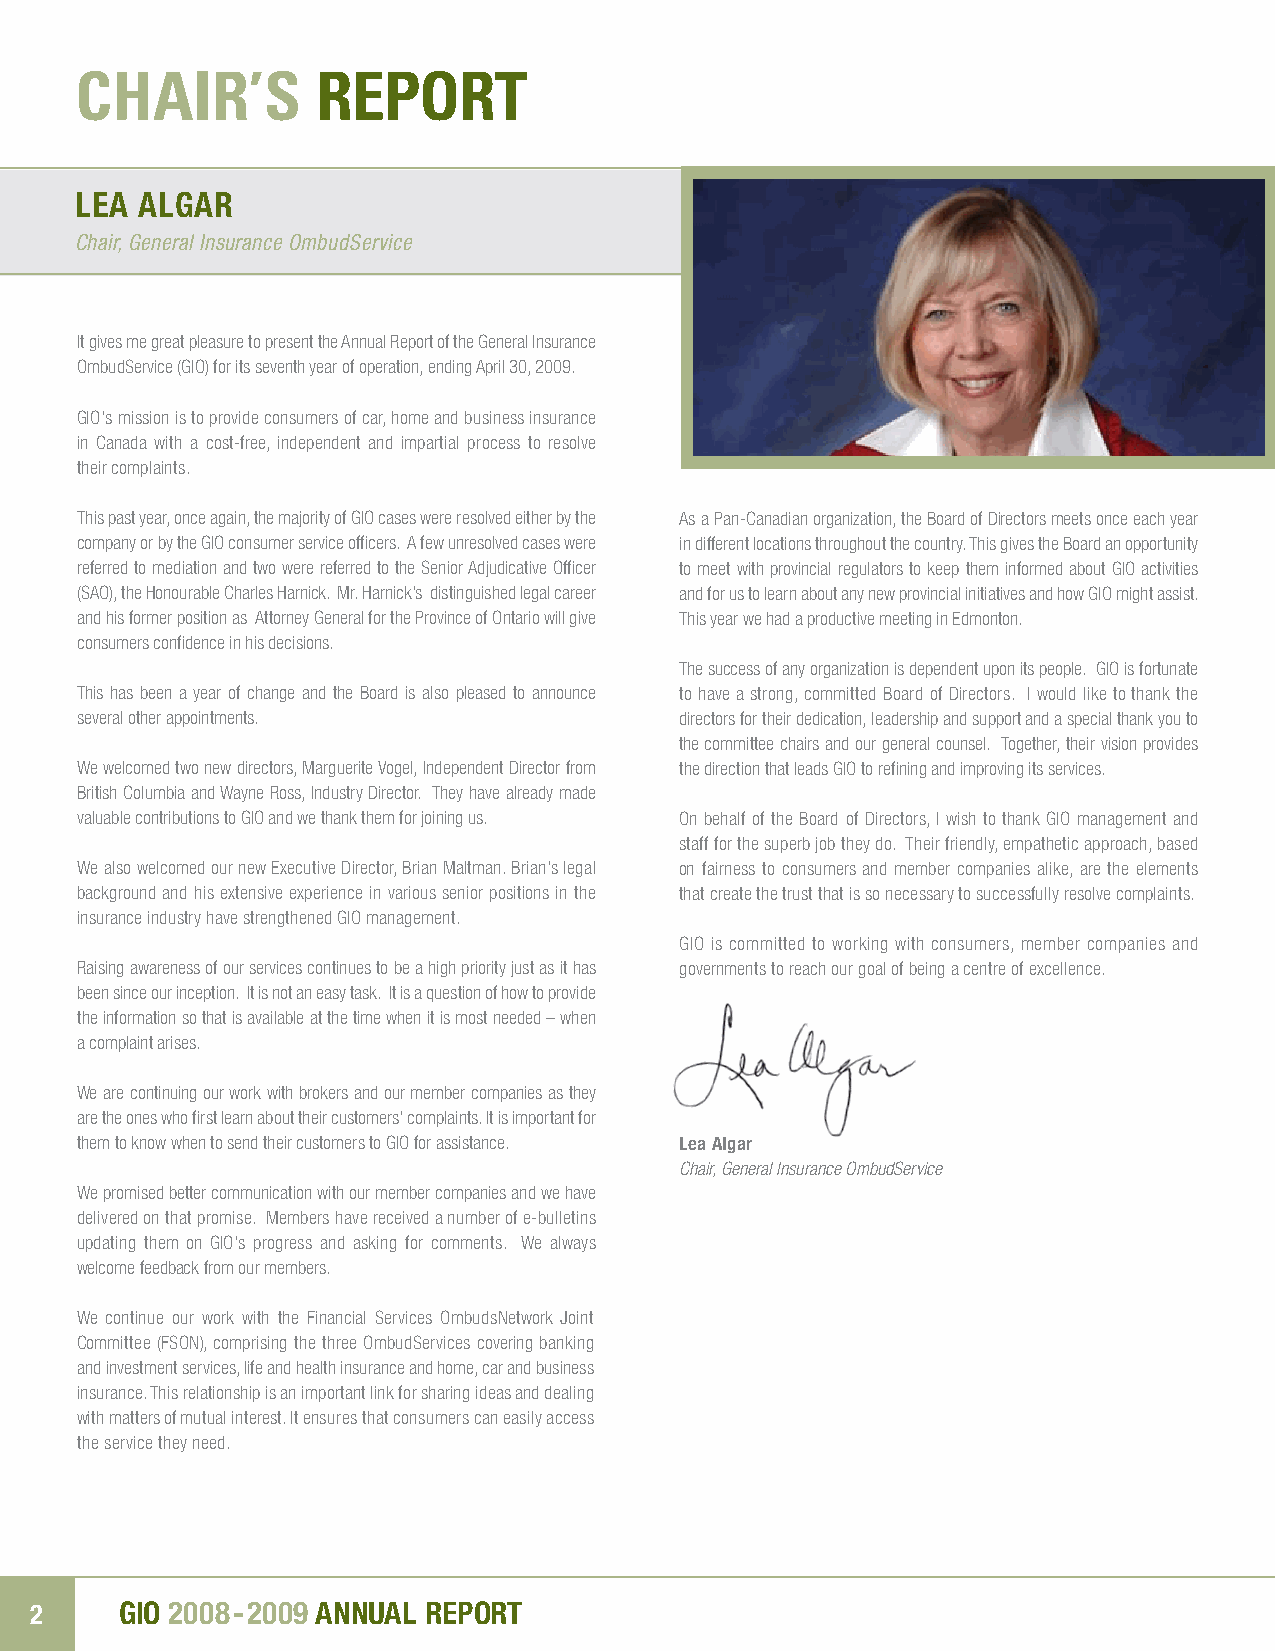
ChaIr’S         rEPOrT
 lea alGar
 Chair, General Insurance OmbudService
 It gives me great pleasure to present the Annual report of the General Insurance
 OmbudService (GIO) for its seventh year of operation, ending April 30, 2009.
 GIO’s mission is to provide consumers of car, home and business insurance
 in Canada with a cost-free, independent and impartial process to resolve
 their complaints.
 This past year, once again, the majority of GIO cases were resolved either by the As a Pan-Canadian organization, the Board of directors meets once each year
 company or by the GIO consumer service officers. A few unresolved cases were in different locations throughout the country. This gives the Board an opportunity
 referred to mediation and two were referred to the Senior Adjudicative Officer to meet with provincial regulators to keep them informed about GIO activities
 (SAO), the honourable Charles harnick. Mr. harnick’s distinguished legal career and for us to learn about any new provincial initiatives and how GIO might assist.
 and his former position as Attorney General for the Province of Ontario will give This year we had a productive meeting in Edmonton.
 consumers confidence in his decisions.
 The success of any organization is dependent upon its people. GIO is fortunate
 This has been a year of change and the Board is also pleased to announce to have a strong, committed Board of directors. I would like to thank the
 several other appointments.             directors for their dedication, leadership and support and a special thank you to
 the committee chairs and our general counsel. Together, their vision provides
 We welcomed two new directors, Marguerite vogel, Independent director from the direction that leads GIO to refining and improving its services.
 British Columbia and Wayne ross, Industry director. They have already made
 valuable contributions to GIO and we thank them for joining us. On behalf of the Board of directors, I wish to thank GIO management and
 staff for the superb job they do. Their friendly, empathetic approach, based
 We also welcomed our new Executive director, Brian Maltman. Brian’s legal on fairness to consumers and member companies alike, are the elements
 background and his extensive experience in various senior positions in the that create the trust that is so necessary to successfully resolve complaints.
 insurance industry have strengthened GIO management.
 GIO is committed to working with consumers, member companies and
 raising awareness of our services continues to be a high priority just as it has governments to reach our goal of being a centre of excellence.
 been since our inception. It is not an easy task. It is a question of how to provide
 the information so that is available at the time when it is most needed – when
 a complaint arises.
 We are continuing our work with brokers and our member companies as they
 are the ones who first learn about their customers’ complaints. It is important for
 them to know when to send their customers to GIO for assistance. lea algar
 Chair, General Insurance OmbudService
 We promised better communication with our member companies and we have
 delivered on that promise. Members have received a number of e-bulletins
 updating them on GIO’s progress and asking for comments. We always
 welcome feedback from our members.
 We continue our work with the Financial Services Ombudsnetwork Joint
 Committee (FSOn), comprising the three OmbudServices covering banking
 and investment services, life and health insurance and home, car and business
 insurance. This relationship is an important link for sharing ideas and dealing
 with matters of mutual interest. It ensures that consumers can easily access
 the service they need.
 2     GIo 2008 -2009 annual rePort